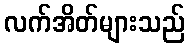
လက်အိတ်များသည်